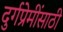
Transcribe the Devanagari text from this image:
दुर्गप्रेमींसाठी